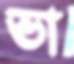
ভা